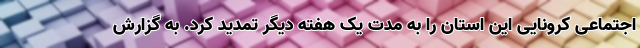
اجتماعی کرونایی این استان را به مدت یک هفته دیگر تمدید کرد. به گزارش